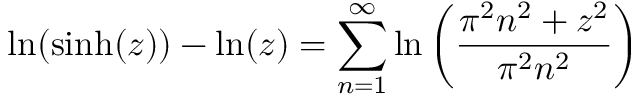
\ln ( \sinh ( z ) ) - \ln ( z ) = \sum _ { n = 1 } ^ { \infty } \ln \left( { \frac { \pi ^ { 2 } n ^ { 2 } + z ^ { 2 } } { \pi ^ { 2 } n ^ { 2 } } } \right)